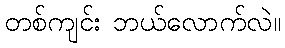
တစ်ကျင်း ဘယ်လောက်လဲ။